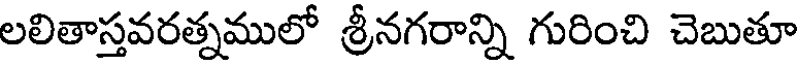
లలితాస్తవరత్నములో శ్రీనగరాన్ని గురించి చెబుతూ